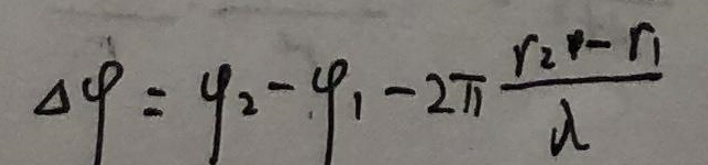
\(\Delta \varphi = \varphi_2 - \varphi_1 - 2\pi \frac{r_2 - r_1}{\lambda}\)